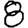
Digit: 8